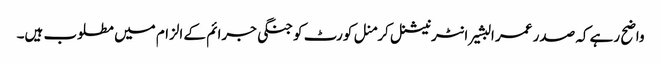
واضح رہے کہ صدر عمر البشیر انٹرنیشنل کرمنل کورٹ کو جنگی جرائم کے الزام میں مطلوب ہیں۔